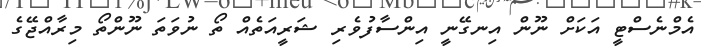
އެމްނެސްޓީ އަކަށް ނޫން އިނގޭނީ އިންސާފުވެރި ޝަރީއަތެއް ތޯ ނުވަތަ ނޫންތޯ މިރާއްޖޭގެ